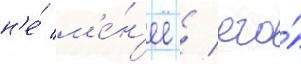
н'е́ м'е́н'ее / его́